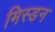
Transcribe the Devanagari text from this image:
मिस्डन